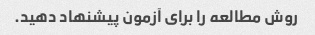
روش مطالعه را برای آزمون پیشنهاد دهید.